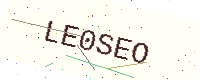
Text: LE0SEO